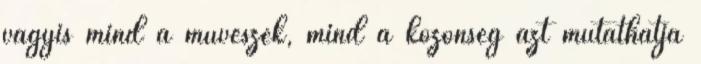
vagyis mind a művészek, mind a közönség azt mutathatja